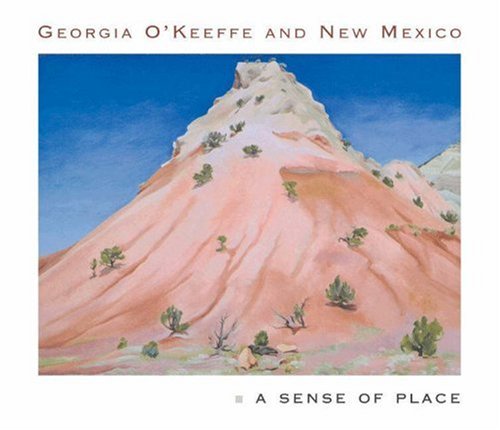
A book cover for Georgia O'Keeffe and New Mexico: A Sense of Place; Barbara Buhler Lynes; Arts & Photography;